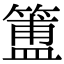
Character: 簠